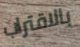
بالاقتراب